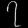
Digit: ၇